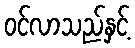
ဝင်လာသည်နှင့်